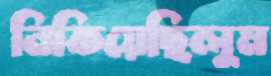
নিকিয়েছিলুম